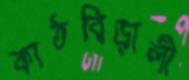
কাঠবিড়ালী